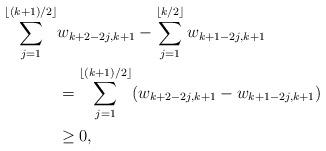
LaTeX: \begin{align*}\sum_{j=1}^{\left\lfloor (k+1)/2\right\rfloor}&w_{k+2-2j,k+1} - \sum_{j=1}^{\left\lfloor k/2\right\rfloor}w_{k+1-2j,k+1}\\ &=\sum_{j=1}^{\left\lfloor (k+1)/2\right\rfloor}(w_{k+2-2j,k+1} - w_{k+1-2j,k+1}) \\&\geq 0, \end{align*}